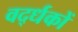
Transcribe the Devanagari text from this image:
वर्द्धकों